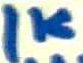
Text: 1K